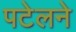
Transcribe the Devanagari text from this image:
पटेलने